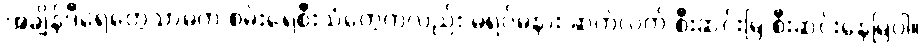
အချိန်ဒီရေတွေသာမက စမ်းရေစီးသံတွေကလည်း မရပ်မနား ဆက်လက် စီးဆင်းမြဲ စီးဆင်းနေမြဲပါ။